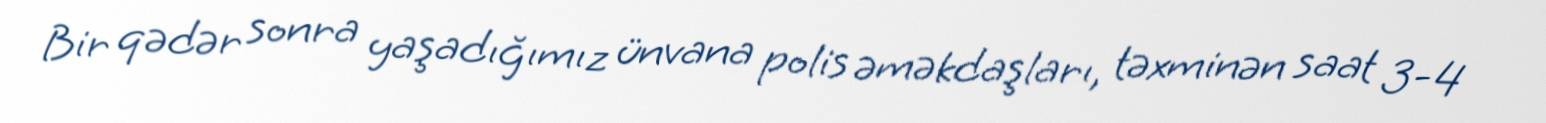
Bir qədər sonra yaşadığımız ünvana polis əməkdaşları, təxminən saat 3-4